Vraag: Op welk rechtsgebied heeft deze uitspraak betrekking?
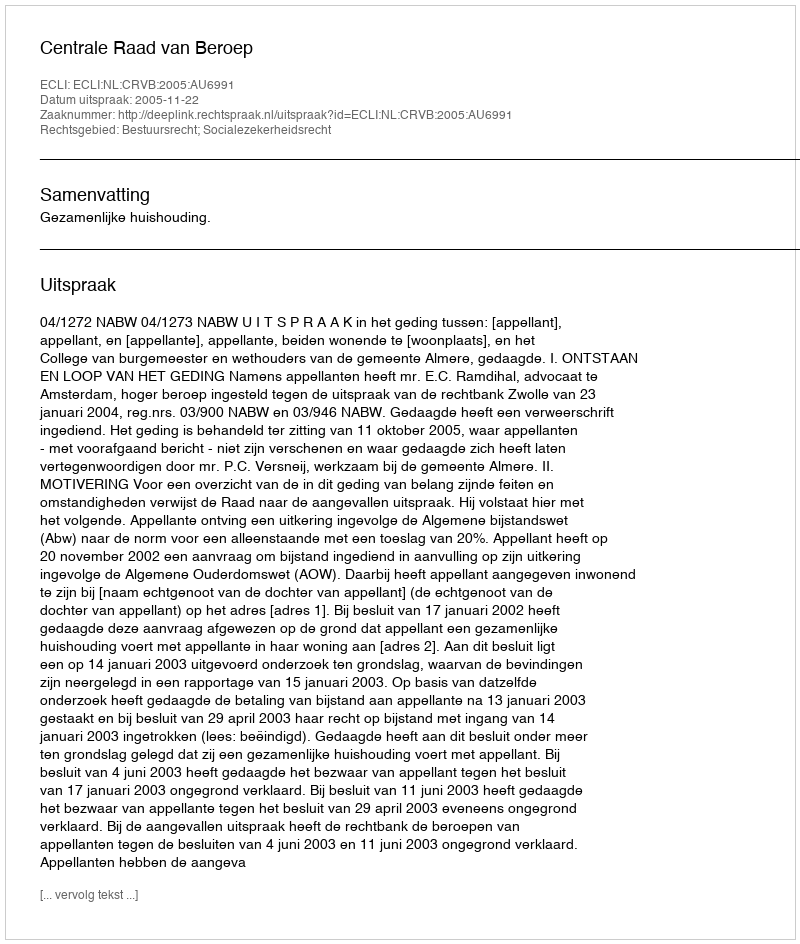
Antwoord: Bestuursrecht; Socialezekerheidsrecht